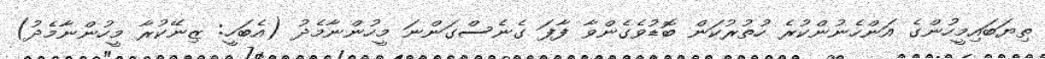
ތިޔަބައިމީހުންގެ އަންހެނުންކުރެ ހުތުރުކަން ބޮޑުވެގެންވާ ފާފަ ގެނެސްގަންނަ މީހުންނާމެދު (އެބަހީ: ޒިނޭކުރާ މީހުންނާމެދު)